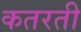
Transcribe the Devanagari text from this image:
कतरती